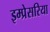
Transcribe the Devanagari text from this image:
इम्प्रेसरिया